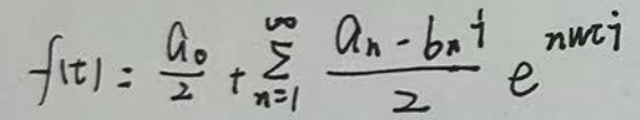
\[
f(t)=\frac{a_0}{2}+\sum_{n = 1}^{\infty}\frac{a_n - b_n i}{2}e^{in\omega t}
\]